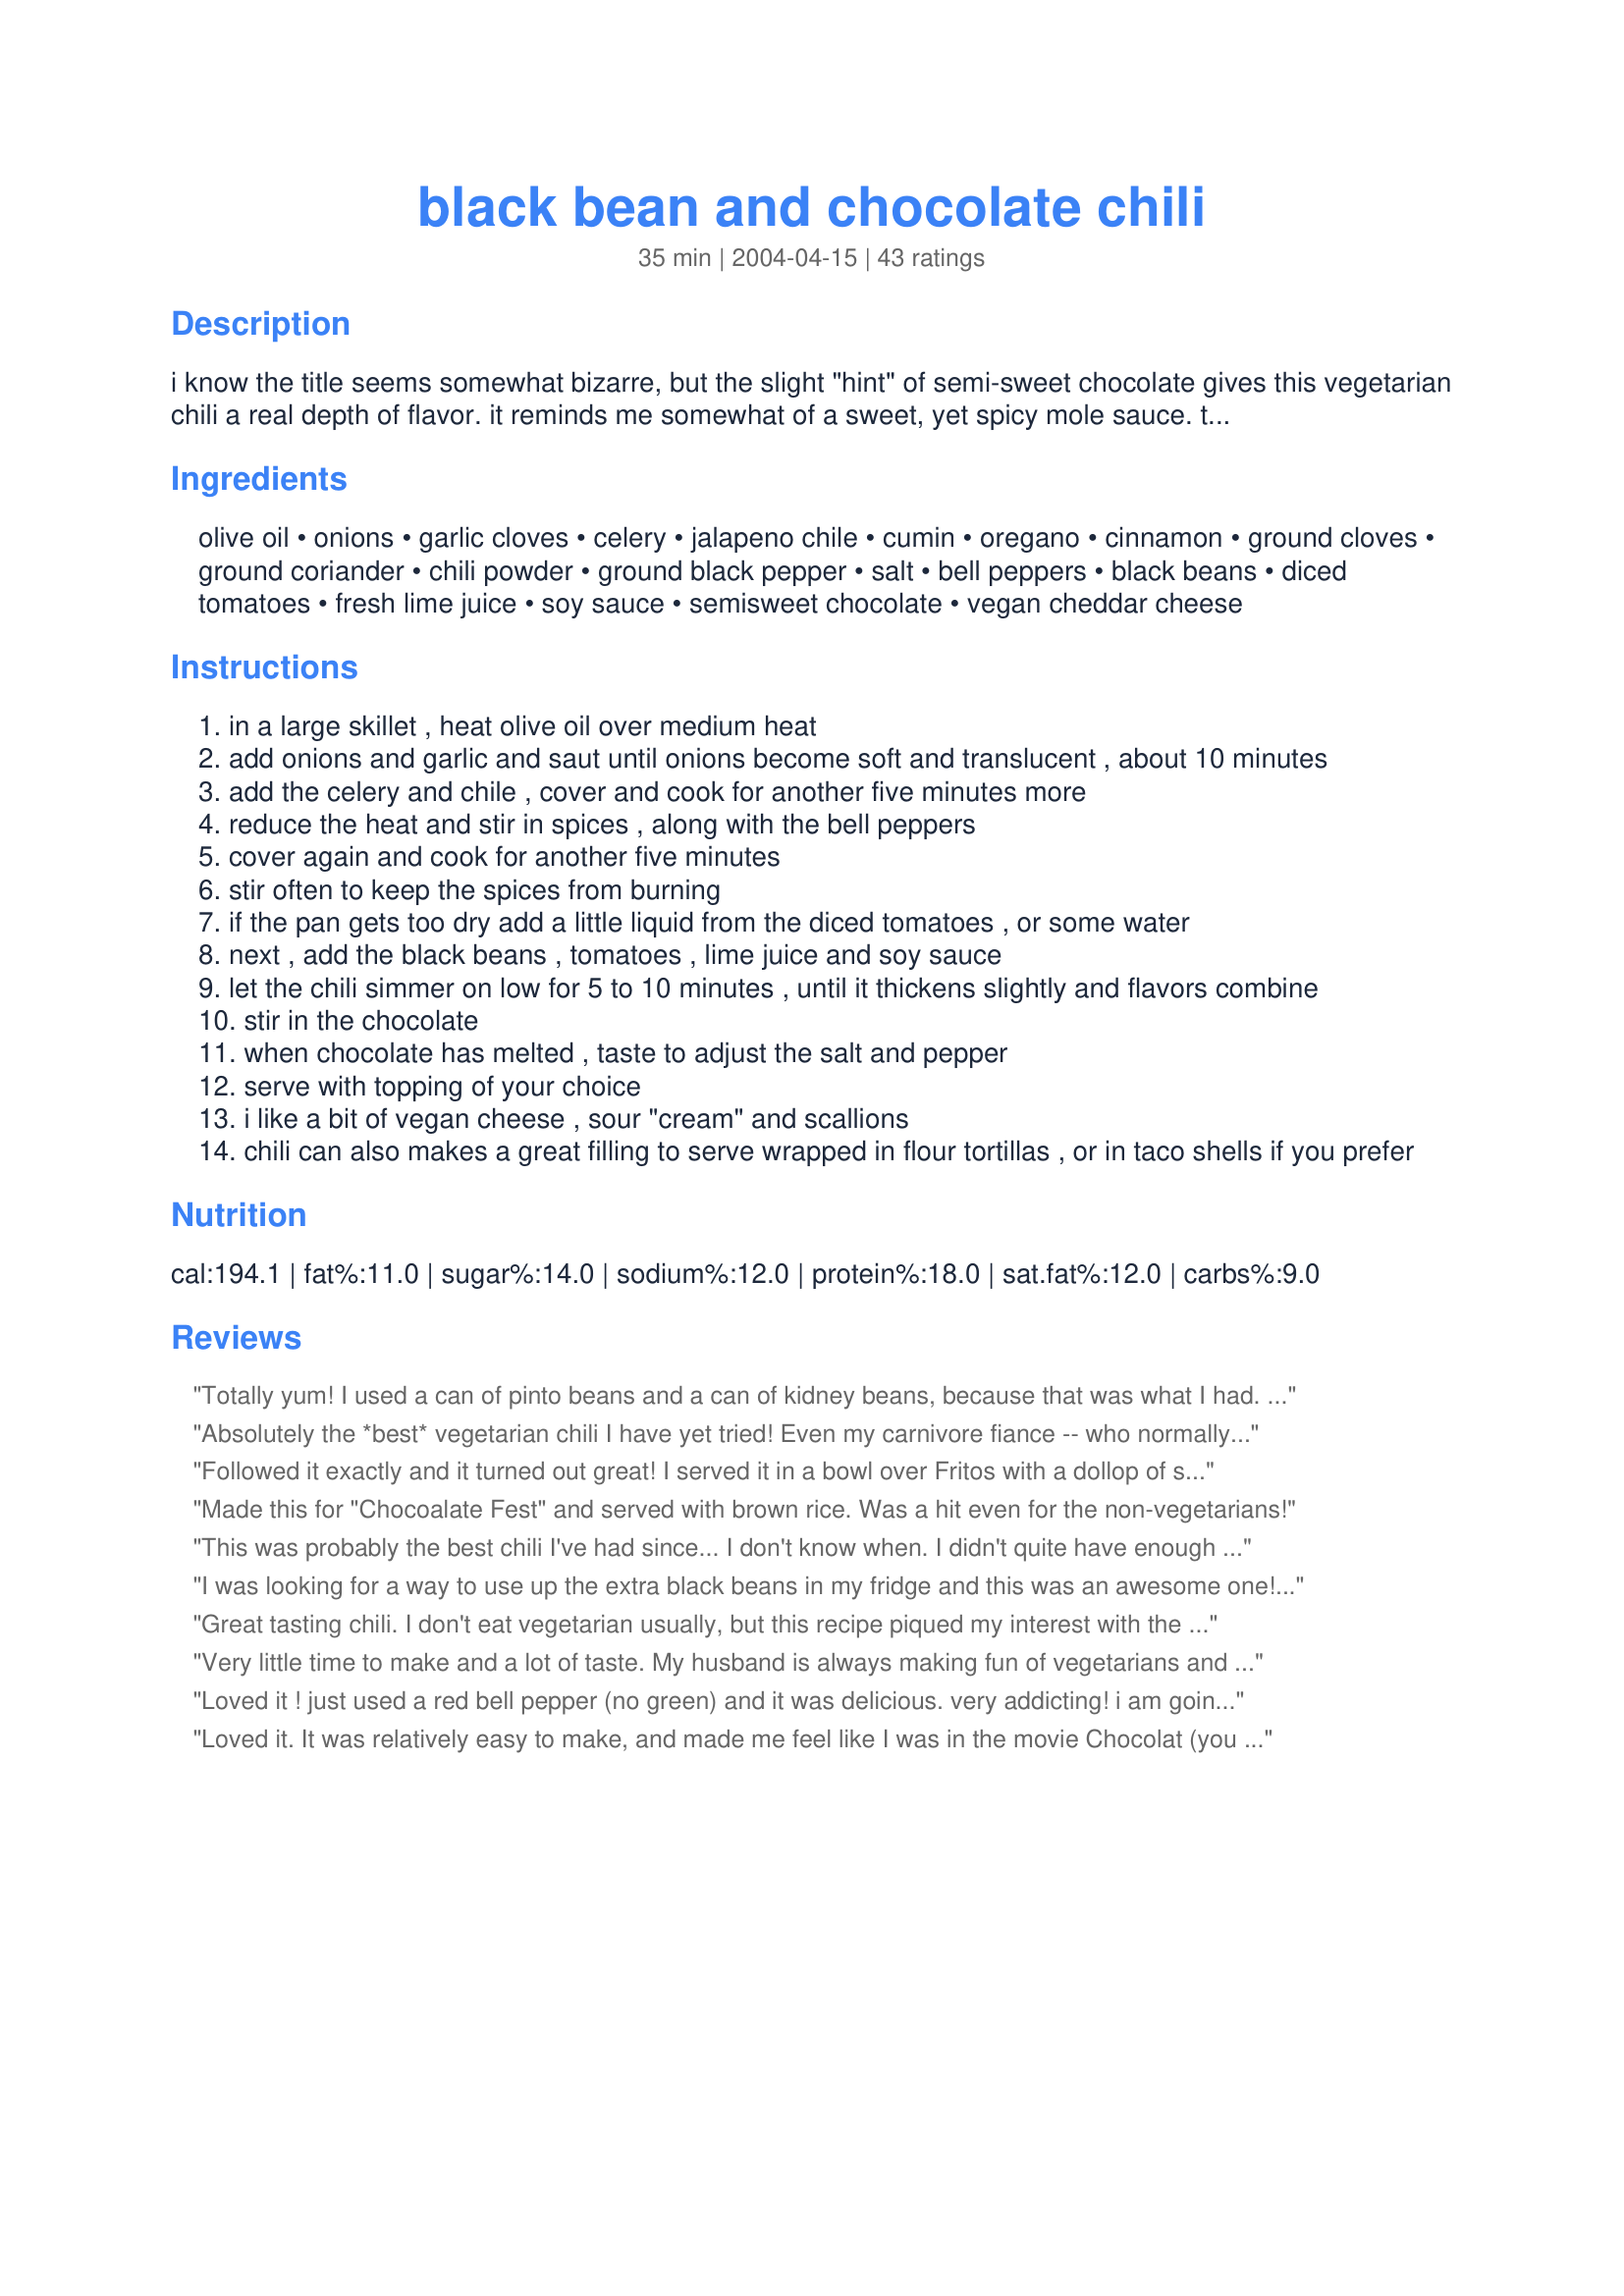
black bean and chocolate chili
Preparation time: 35 minutes

i know the title seems somewhat bizarre, but the slight "hint" of semi-sweet chocolate gives this vegetarian chili a real depth of flavor. it reminds me somewhat of a sweet, yet spicy mole sauce. this recipe was adapted from one i found in the "moosewood restaurant celebrates" cookbook.

Ingredients:
olive oil, onions, garlic cloves, celery, jalapeno chile, cumin, oregano, cinnamon, ground cloves, ground coriander, chili powder, ground black pepper, salt, bell peppers, black beans, diced tomatoes, fresh lime juice, soy sauce, semisweet chocolate, vegan cheddar cheese

Steps:
in a large skillet , heat olive oil over medium heat
add onions and garlic and saut until onions become soft and translucent , about 10 minutes
add the celery and chile , cover and cook for another five minutes more
reduce the heat and stir in spices , along with the bell peppers
cover again and cook for another five minutes
stir often to keep the spices from burning
if the pan gets too dry add a little liquid from the diced tomatoes , or some water
next , add the black beans , tomatoes , lime juice and soy sauce
let the chili simmer on low for 5 to 10 minutes , until it thickens slightly and flavors combine
stir in the chocolate
when chocolate has melted , taste to adjust the salt and pepper
serve with topping of your choice
i like a bit of vegan cheese , sour "cream" and scallions
chili can also makes a great filling to serve wrapped in flour tortillas , or in taco shells if you prefer

Reviews:
Totally yum! I used a can of pinto beans and a can of kidney beans, because that was what I had. I omitted the jalapeno, also, since I didn't have one. Really outstanding. Thanks!
Absolutely the *best* vegetarian chili I have yet tried! Even my carnivore fiance -- who normally only tolerates any chili made without meat -- *loved* this! It was so good, we only got 4 servings out of the batch. ;) Perfect as written; I would not change a thing. Thanks for sharing a truly wonderful recipe!
Followed it exactly and it turned out great! I served it in a bowl over Fritos with a dollop of sour cream on top. The sour cream helped bring out the flavors even more!
Made this for "Chocoalate Fest" and served with brown rice. Was a hit even for the non-vegetarians!
This was probably the best chili I've had since... I don't know when. I didn't quite have enough chocolate, so I just crumbled what I did have. Also, I added one package of Yves Veggie Ground Round, one potato and two carrots for extra chunk - yummy! Even my ultra-picky-when-it-comes-to-chili hubby loved it. Thanks so much for this! I'll make it again, for sure!
I was looking for a way to use up the extra black beans in my fridge and this was an awesome one! We loved it, and I will make it again! The only bit I didn't care for was the cinnamon (and I l o v e cinnamon). It seemed to stick out rather than blending nicely with the rest of the spices. The first thing my husband said when he tasted it was, "Did you put cinnamon in this?" Thank you for posting a great recipe!
Great tasting chili. I don't eat vegetarian usually, but this recipe piqued my interest with the strange combo of ingredients. I made a few changes to kick up the spicy factor, since that's how I like it. I used a 5oz can of diced jalapenos, skipped the bell peppers since I'm not a fan, and used a 14oz can of diced tomatoes with chipotle. I subbed lemon juice for the lime since that's what I had. Very filling and I imagine it will taste even better tomorrow!
Very little time to make and a lot of taste. My husband is always making fun of vegetarians and was pretty sceptical when he found out that this had chocolate in it, but ended up eating 2 1/2 heaping bowls full of it. :-) I altered the recipe a bit: I used DAGOBA organic chocolate syrup, and two jalapenos and two hot red peppers, as well as a 14.5 oz can of golden tomatoes for less acidity. 

It was delicious! 

Thank you so much for this recipe.
Loved it ! just used a red bell pepper (no green) and it was delicious. very addicting! i am going to make my second batch today! :) yum
Loved it. It was relatively easy to make, and made me feel like I was in the movie Chocolat (you know, that one scene at the party where EVERY dish has chocolate incorporated somehow). Makes me feel very gourmet. Also, you've got a new best friend in my mother, who falls instantly in love with anything even having to do with chocolate. Thanks!
Really, really, good! Definitely will make again and again.
TERRIFIC! Loved the chili and will make again and again. I didn't use celery and didn't miss it. Also, being a spice wimp, I used a can of diced green chiles in place of the jalapenos. The recipe is made in one large skillet so cleanup is easy too. It's not as soup-like as most chilis. That's ok, just know that as you make it there isn't a lot of liquid. It would be a great topping for polenta or rice, or as a filling in a burrito/enchilada. Like the other reviewers mentioned, the recipe serves 4 big bowls or 6 medium bowls.
Oh WOW was this good! I made a few changes, I did not have fresh jalapeno's so I used pickled and I didn't have semisweet chocolate so I used 2 oz of baking chocolate with 1/4 cup sugar. My husband said it was "Divine" and ate so much he made himself uncomfortable lol. Thanks for a great recipe.
An extended business trip left me wanting a home cooked meal but lacking fresh ingredients. Came upon this in my collection of recipes and decided to give it a whirl. I was a little short on peppers so added extra onions and celery to equal the volume. Also had to replace the jalapenos with some dried red peppers. Other than those two changes made it as presented. The results were sublime - smokey and flavorful. The chocolate adds depth without sweetness. This gets heightened with the bit of cinnamon and cloves. A definite keeper. Like Roosie - I think this only makes 4-6 servings. Thanks!!
MOST EXCELLENT!!! We adored this , really what more can I say...I followed this pretty much exact because I could tell while making it that it was perfection as written and (a first) did not want to mess with it ...the spice and seasonings are just wonderful...I grated my chocolate in with my micro planer thing that I got for Christmas and that was a kick for me too :)...tagged for the Comfort cafe event and the last of my 3 recipes made while playing ...I guess I must have saved the best for last 'cause this was THE BEST & was also perfect for that particular event because this is the most ideal "comfort food" recipe in my opinion...Thanks so much Kosmic Blues...DELISH!
I was excited to try this recipe after reading all of the great reviews, but ended up very disappointed. The flavor of this chili was not as expected.
Would recommend less cinnamon. It was overpowering at first. After it has several hours for the flavors to blend, it is much better.
Best. Chili. Ever. My S.O. and I simply adore this recipe, it has definitely become a staple in our house! We add corn to it as well (about 1 cup), eliminate the celery, and when we are feeling really decadent we use Green and Black's Organic Dark Chocolate (70% Cacao). We also use only one can of black beans and experiment with different beans for the second can (so far we have used spicy pinto beans and chili beans, which are both wonderful). We also use diced tomatoes with chiles, which is easier than cutting up fresh jalapenos. Thanks so much for this one Kozmmic Blues!
I was looking for a low cal soup recipe that both my husband and I would enjoy and this was definitely it! We were surprised there wasn't more liquid, so next time we are going to add another can of diced tomatoes, (this time we used some V8 juice). We think that putting corn and cilantro in it would be great too. We look forward to making the changes and having it with cornbread (like another review had suggested). We didn't add the green peppers and celery (since we don't care for them). We agreed with the other reviews that it did not make 8 servings but more like 4-6. This is certainly a great recipe to add and subtract ingredients according to taste. We highly recommend it!
This was really good! I omitted the jalapeno so my toddler would eat it and doubled the recipe - I used Nestle's SemiSweet Morsels. I used 3 can of black beans and 1 can of pinto beans (all I had), sauteed the onions, garlic and green pepper together, added spices and sauteed for a minute then transferred to crock pot where I added all other ingredients. Cooked on low for 6 hours and served with corn bread. YUM!!!!
This chili was amazing. I kept waiting to find out when I'd be putting it into a large pot, and it wasn't until I had followed all the steps when I realized that it was entirely made in a single skillet! I was actively involved in the cooking the entire time, but it really was ready to eat in just 35 minutes.

The tastes in this chili are exceptional, and as you eat it, the originally obvious flavors (chocolate, chili powder, and cumin) give way to some of the more subtle flavors. It was quite filling, and everyone enjoyed it.

I'll definitely make it again. The only modifications I made to the recipe were that I added about a quarter cup of water at the end, as it seemed a bit dry, and I also left out the cloves.
We made the chili as directed, and loved it! (Though we left out the cheese on top.) It is a nice change from the traditional kidney bean-based chilis that are out there... We'll definitely double the recipe next time, as it made 3-4 servings. Might try it with savoury cornbread as one reviewer suggested. Thanks for a great recipe!
Update: Made this again substituting two small zucchini for the celery, and 1/4 c. plus 2 tbsp cocoa powder mixed with 2 tbsp melted butter and sugar to taste for the chocolate chips. Also omitted pepper and salt. It was every bit as rich and delicious as the last time!
Amazingly unique recipe. My boyfriend and I were slightly skeptical when we added the chocolate (since the chili was already delicious), but we changed our minds when we tasted the subtle touch of sweetness it added to the spicy chili. Amazing combination. Thanks for the great addition to a vegetarian's recipe book!
Easy, quick and delicious. I would add another jalepeno or more chili powder to kick up the heat, but as is, it suited my dining companions' palates. We served it with cornbread and honey butter, some homemade guacamole, organic sour cream and shredded cheddar. It was a wonderful meal!
Holy moly, this chili is great! The only thing I did differently was leave out the cloves. I generally tend not to like chili but this is something special! Since I'm dieting, I used light sour cream which is a brilliant topping for this dish. It's great with a chocolate mint patty afterward to cool off the tongue. Thank you so much for submitting this recipe!
Another rave review. I left out the celery & bell peppers (which I hate), cloves & coriander (which I didn't have), and added corn & cilantro (hey, it's coriander all grown up). I almost won a chili cook-off with a vegan chili (unheard-of)...
Have had this recipe on the To Do List since Jan/08 ! Tonight seemed right -- but while the veggies were simmering, discovered I had NO CUMIN !! Bless DH' heart -- he immediately hit the road to the grocer, so I had cumin before everything simmered. Added everything except the chile, but had a heavy hand on the chili powder. Added semi-sweet chocolate bits, about 1 TBSP of BLACK cocoa, and 2 tsp of instant espresso powder. Have enough for another meal. This was entirely different and a most tasty and FILLING meal. Thanks for posting.
I've been making this recipe for quite a while now. I usually double it (which is very easy) and add a cup of fresh corn kernels. Every time I serve this to someone new, their first reaction is "What?!? Chocolate in chili?", then I just wait until they take their first bite, watch their eyes grow big with wonder and delight. Thank you for this wonderful gift!
Wow, this was a great chili! I was afraid to try it because my bf is so used to his Mom's chili (hard to measure up against that!) but he really enjoyed this. I left out the peppers and celery because I'm fussy, but next time I will add corn as Lando did, that sounds great. Thanks so much for this recipe!
Scrummy! Wonderful, unique vegetarian chili! Followed the recipe pretty much exactly- a couple minor subs- I used 1/2 tsp Zhoug (#57689) instead of jalapenos (it has jalapenos, habeneros and serranos) and used 3 cups home-cooked black beans. Lovely flavors with the spices- it is spiced but not overly spicy! The chocolate adds a very creamy and rich touch. BF was suspicious about the combo of chocolate with the cheddar and sour cream we served it with, but it tasted great. Like I said before, very unique- and like you said, mole-like. I wasn't sure about the addition of soy sauce, but its a small enough quanity that it just adds a bit of salty richness (I used a very high-quality organic Shoyu) and I did add the lime juice. I used semi-sweet chocolate chips as my chocolate. Delicious served with the sour cream and cheddar. Next time I might add more celery, but I love celery. The recipe is perfect as-is, and SO quick and flavorful. We were starving, and I got this from zero to dinner in less than half an hour! One thing- I found this made closer to 4 main dish servings; next time I'll double it and look forward to the leftovers. Wonderful recipe. Will make again!
Mmmm, this was great! I followed the recipe almost exactly with fantastic results! Thank you for your special and unique chili recipe!
Loved this! Didn't miss the meat at all. It simmered for about an hour+ because DH had to work later than expected and it was wonderful. I served it over fritos (DH's addition) and topped with shredded cheddar, diced fresh tomato (a great additon BTW), diced onion, and sour cream. The only things I did different was use a small can of diced chilies rather than the jalapeno and used dried beans that I cooked up last night rather than the canned. I actually used about 4-ish cups of beans. Its more than was called for but it handled it well. Oh, and I used a can of tomatoes with sweet onions in it. This was a great mild chili with almost a smoky flavor. I used semi-sweet chocolate chips and did add the lime juice. I have to say, I was a bit worried as I added the soy sauce but all was well. Next time I may kick up the heat a bit as I like a little kick to my chili. Best thing about this is that you can make it in a hurry (as far as chili is concerned) and these are ingredients I usually have on hand anyway. This would be great as an addition to a taco salad or wraped in a tortilla. The ingredients also remind me of some of the Cuban food I have been experimenting with and I found myself wishing I had cooked up some plantains. Also goes surprisingly well with a glass of Tang (don't ask lol). Thanks for a great meal that I will be making often.
We really enjoyed this unique recipe, and we plan to make it again -- but -- 1 tablespoon of chili powder plus a jalapeno?...not for the faint of heart! I don't consider myself a lightweight, but next time we'll be backing off on the heat. Thanks for posting this!
This is exactly the kind of recipe that I love. It had so much spice and kick to it that you didn&#039;t need much of it to be completely satisfied, I used reduced fat sour cream on top to cut the hot spice (got carried away with the jalopeno pepper) My husband immediately said it was 5-star after the first bite. The chocolate is subtle but is definitely there so it has quite an exotic taste.
This is a very colorful, flavor-packed chili. I added some corn and some shredded zucchini to the veggies and I made it a three-bean chili (black, pinto and kidney). The spice combination is great and I love the addition of lime juice and soy sauce. I threw in a handful of mini-chocolate chips for the chocolate portion. Lovely - thanks for posting!
I wish I could give it more than 5 stars. I have actually made this several times and only just remembered to review it-- I will never make black bean chili another way.
This was really good, but the suggested serving size is really small. Should be more like 400 cal/serving. Tasted good, but probably won't make again until I'm off my diet, especially because I'd like to add meat the next time go round. I just have to have meat in my chili!
Unique and delicious flavors! Very easy to prepare and enjoyable. Thanks for sharing!
This was fantasctic - will definitely make it again. I crushed some whole coriander seeds for a more authentic flavour. Thanks for the recipe!
I made this for New Year's eve and friends. Figured a double batch would be enough and have left overs but, darn it, it tasted too good. Don't let the odd seeming mixture of ingredients fool you. This is great. I'll have to make it again soon (another double batch) to give it the freezer test.
This is....spoons down...THE best vegetarian chili recipe I have ever stumbled across!! Try it and double it. You will want leftovers for the next day! I added an extra 1/2 oz. chocolate and a heaping 1/2 tsp. of instant espresso powder too. Amazing mole flavor!!
Best Vegan recipe I have ever made. I omitted the jalapeno and celery simply because I didn't have any. Instead of a can of diced tomatoes I used a can of diced tomatoes with green chili. I also used three different beans- pinto, red and black. VERY flavorful without being overwhelming. I love when the sweet and spicy flavors impress all sides of your tongue and then meld together harmoniously. Awesome recipe - even my carnivores loved it.
Yesssss!!!!! Yummmmmmm!!! Works as meaty chili as well!! I wasn't sure and got nervous it would be too thick, but it was delicious. I added: -1lb ground turkey and -1lb ground beef -Rotel with green chilis instead of diced tomato because I didn't have nor want jalape&ntilde;os -I also moved to crockpot on low for maybe 2-4 hours? Got juicier as it simmered Served with Enhanced Jiffy Corn Muffins recipe (made as bread loaf, not Muffins) Served over Fritos and with sour cream. YUM Not very soupy; thick chili ... KEEPER!!!!
